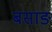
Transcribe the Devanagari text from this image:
बसाङ